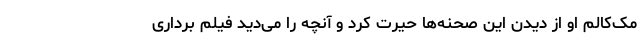
مک‌کالم او از دیدن این صحنه‌ها حیرت کرد و آنچه را می‌دید فیلم برداری